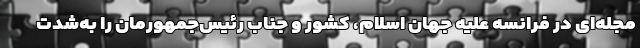
مجله‌ای در فرانسه علیه جهان اسلام، کشور و جناب رئیس‌جمهورمان را به‌شدت